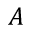
A